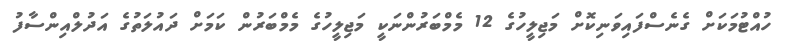
ހުއްޓުމަކަށް ގެނެސްފައިވަނިކޮށް މަޖިލީހުގެ 12 މެމްބަރުންނަކީ މަޖިލީހުގެ މެމްބަރުން ކަމަށް ދައުލަތުގެ އަދުލްއިންސާފު